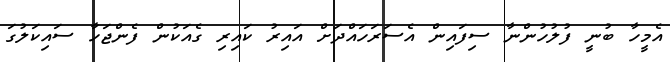
އެމީހާ ބުނީ ފުލުހުންނާ ސިފައިން އެސަރަހައްދަށް އައިރު ކައިރި ގެއަކުން ފެންޖަހާ ސައިކަލުގަ